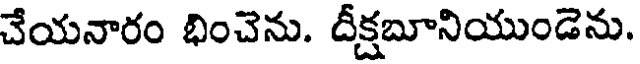
చేయనారం భించెను. దీక్షబూనియుండెను.